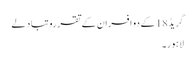
گریڈ18 کے دو افسران کے تقررو تبادلے
لاہور۔